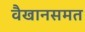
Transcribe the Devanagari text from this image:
वैखानसमत